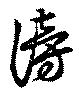
謗